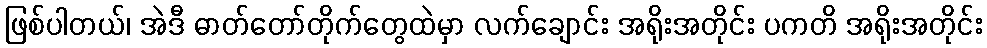
ဖြစ်ပါတယ်၊ အဲဒီ ဓာတ်တော်တိုက်တွေထဲမှာ လက်ချောင်း အရိုးအတိုင်း ပကတိ အရိုးအတိုင်း